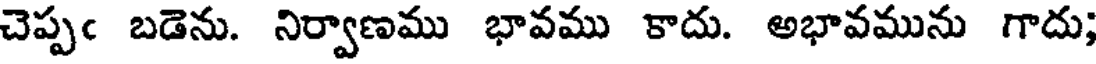
చెప్పఁ బడెను. నిర్వాణము భావము కాదు. అభావమును గాదు;